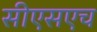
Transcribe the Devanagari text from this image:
सीएसएच